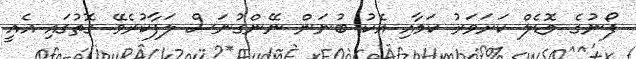
ފޯނުގެ މޮޑެލް ކަށަވަރު ކަމާއި އެކު ބުނަން ނޭންގުނަސް ލަފާކުރެވޭ ގޮތުގައި އެއީ